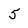
Character: 5